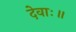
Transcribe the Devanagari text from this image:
देवाः॥